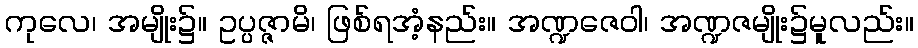
ကုလေ၊ အမျိုး၌။ ဥပ္ပဇ္ဇာမိ၊ ဖြစ်ရအံ့နည်း။ အဏ္ဍဇေဝါ၊ အဏ္ဍဇမျိုး၌မူလည်း။